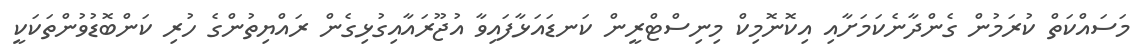
މަސައްކަތް ކުރަމުން ގެންދާނެކަމަށާއި އިކޮނޮމިކް މިނިސްޓްރީން ކަނޑައަޅާފައިވާ އުޖޫރައާއިގުޅިގެން ރައްޔިތުންގެ ހުރި ކަންބޮޑުވުންތަކަކީ